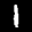
Label: 1